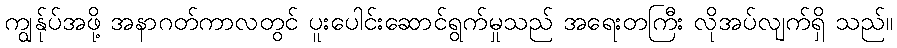
ကျွန်ုပ်အဖို့ အနာဂတ်ကာလတွင် ပူးပေါင်းဆောင်ရွက်မှုသည် အရေးတကြီး လိုအပ်လျက်ရှိ သည်။